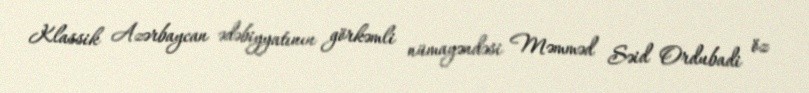
Klassik Azərbaycan ədəbiyyatının görkəmli nümayəndəsi Məmməd Səid Ordubadi öz